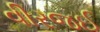
વીરજઈ